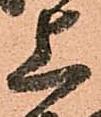
上